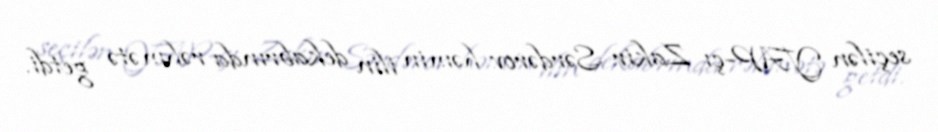
seçilən YAP-çı Zakir Sərdərov həmin ilin dekabrında rəhmətə getdi.